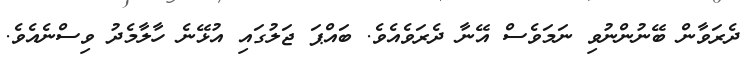
ދެރަވާން ބޭނުންނުވި ނަމަވެސް އޭނާ ދެރަވެއެވެ. ބައްޕަ ޖަލުގައި އުޅޭނެ ހާލާމެދު ވިސްނެއެވެ.